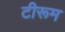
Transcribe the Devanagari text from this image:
टीरूम